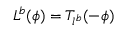
L ^ { b } ( \phi ) = T _ { l ^ { b } } ( - \phi )